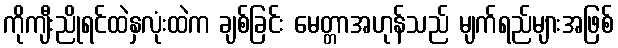
ကိုကျီးညိုရင်ထဲနှလုံးထဲက ချစ်ခြင်း မေတ္တာအဟုန်သည် မျက်ရည်များအဖြစ်